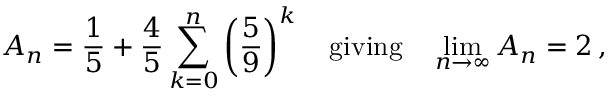
A _ { n } = { \frac { 1 } { 5 } } + { \frac { 4 } { 5 } } \sum _ { k = 0 } ^ { n } \left( { \frac { 5 } { 9 } } \right) ^ { k } \quad { \mathrm { g i v i n g } } \quad \operatorname* { l i m } _ { n \rightarrow \infty } A _ { n } = 2 \, ,